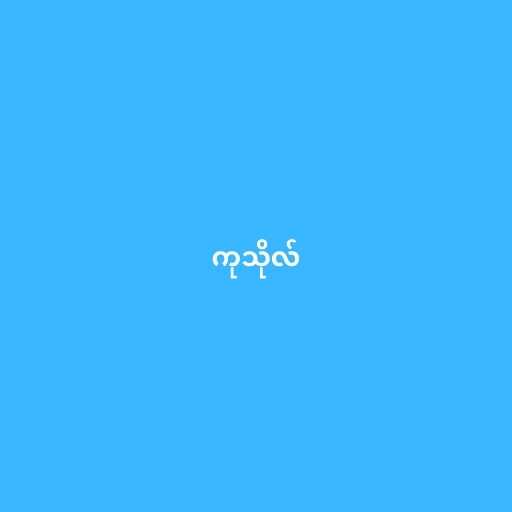
ကုသိုလ်